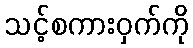
သင့်စကားဝှက်ကို